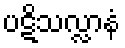
ပဋိသလ္လာနံ